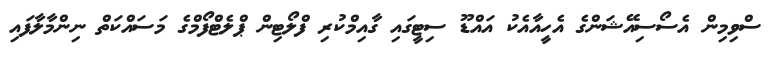
ސްވިމިން އެސޯސިއޭޝަންގެ އެހީއާއެކު އައްޑޫ ސިޓީގައި ގާއިމްކުރި ފްލޯޓިން ޕްލެޓްފޯމްގެ މަސައްކަތް ނިންމާލާފައި